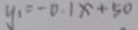
y _ { 1 } = - 0 . 1 x + 5 0